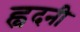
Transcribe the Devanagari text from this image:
ह्वदनी